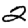
Digit: 2